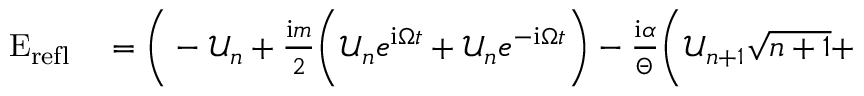
\begin{array} { r l } { \mathrm { E } _ { \mathrm { r e f l } } } & { { } = \Bigg ( - \mathcal { U } _ { n } + \frac { \mathrm { i } m } { 2 } \bigg ( \mathcal { U } _ { n } e ^ { \mathrm { i } \Omega t } + \mathcal { U } _ { n } e ^ { - \mathrm { i } \Omega t } \bigg ) - \frac { \mathrm { i } \alpha } { \Theta } \bigg ( \mathcal { U } _ { n + 1 } \sqrt { n + 1 } + } \end{array}